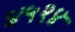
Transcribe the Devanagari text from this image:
४५२४